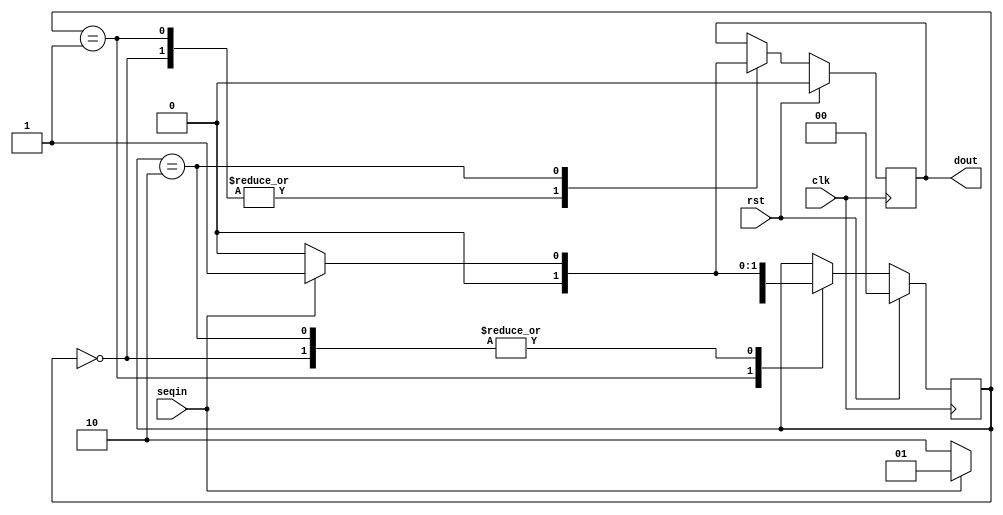
module seq_101(clk, rst, seqin, dout);

input clk;
input rst;
input seqin;

output reg dout;

parameter [1:0] s0 = 2'b00;
parameter [1:0] s1 = 2'b01;
parameter [1:0] s2 = 2'b10;


reg [1:0] pst_st;
reg [1:0] nst_st;

always@ (posedge clk)
begin
	if(rst) begin
		dout = 1'b0;
		pst_st = s0;
		nst_st = s0;
	end
	else begin
		pst_st = nst_st;
		case(pst_st)

		s0 :begin if(seqin) begin
			dout = 1'b0;
			nst_st = s1;
		         end
		     else begin
	     		dout = 1'b0;
			nst_st = s0;
		          end
		end
		
		s1 :begin if(~seqin)begin
			dout = 1'b0;
			nst_st = s2;
	                 end 
		     else begin
			dout = 1'b0;
			nst_st = s1;
	               	 end
		end

		s2 :begin if(seqin)begin
			dout = 1'b1;
			nst_st = s1;
		         end
		    else begin
			dout = 1'b0;
			nst_st = s0;
		          end
		end

		endcase
	
	end
end
endmodule